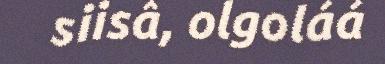
siisâ, olgoláá